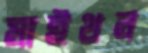
মাইথন